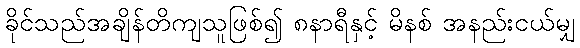
ခိုင်သည်အချိန်တိကျသူဖြစ်၍ ၈နာရီနှင့် မိနစ် အနည်းငယ်မျှ